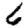
Digit: 6